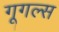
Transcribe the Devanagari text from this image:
गूगल्स